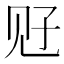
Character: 觃